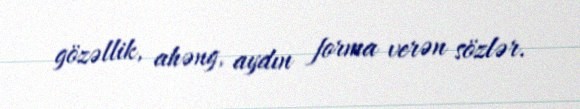
gözəllik, ahəng, aydın forma verən sözlər.